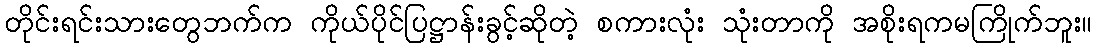
တိုင်းရင်းသားတွေဘက်က ကိုယ်ပိုင်ပြဋ္ဌာန်းခွင့်ဆိုတဲ့ စကားလုံး သုံးတာကို အစိုးရကမကြိုက်ဘူး။